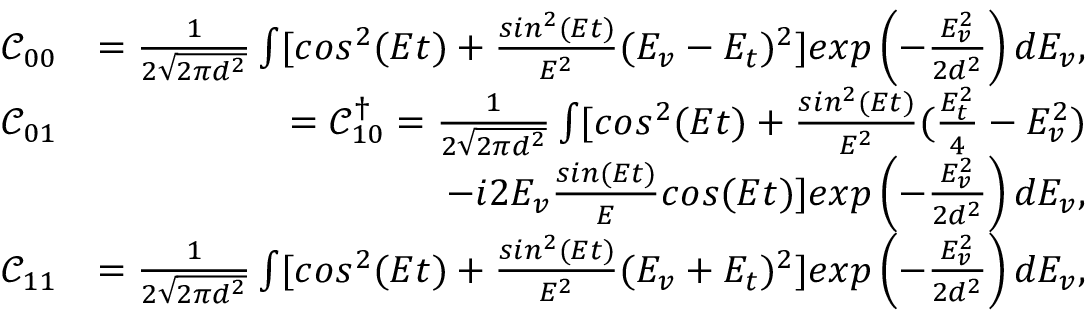
\begin{array} { r l r } & { \mathcal { C } _ { 0 0 } } & { = \frac { 1 } { 2 \sqrt { 2 \pi d ^ { 2 } } } \int [ c o s ^ { 2 } ( E t ) + \frac { s i n ^ { 2 } ( E t ) } { E ^ { 2 } } ( E _ { v } - E _ { t } ) ^ { 2 } ] e x p \left( - \frac { E _ { v } ^ { 2 } } { 2 d ^ { 2 } } \right) d E _ { v } , } \\ & { \mathcal { C } _ { 0 1 } } & { = \mathcal { C } _ { 1 0 } ^ { \dagger } = \frac { 1 } { 2 \sqrt { 2 \pi d ^ { 2 } } } \int [ c o s ^ { 2 } ( E t ) + \frac { s i n ^ { 2 } ( E t ) } { E ^ { 2 } } ( \frac { E _ { t } ^ { 2 } } { 4 } - E _ { v } ^ { 2 } ) } \\ & { } & { ~ ~ ~ ~ ~ ~ ~ ~ ~ ~ ~ - i 2 E _ { v } \frac { s i n ( E t ) } { E } c o s ( E t ) ] e x p \left( - \frac { E _ { v } ^ { 2 } } { 2 d ^ { 2 } } \right) d E _ { v } , } \\ & { \mathcal { C } _ { 1 1 } } & { = \frac { 1 } { 2 \sqrt { 2 \pi d ^ { 2 } } } \int [ c o s ^ { 2 } ( E t ) + \frac { s i n ^ { 2 } ( E t ) } { E ^ { 2 } } ( E _ { v } + E _ { t } ) ^ { 2 } ] e x p \left( - \frac { E _ { v } ^ { 2 } } { 2 d ^ { 2 } } \right) d E _ { v } , } \end{array}